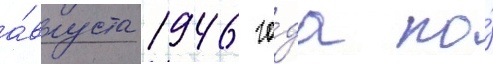
а́вгуста 1946 го́да по́